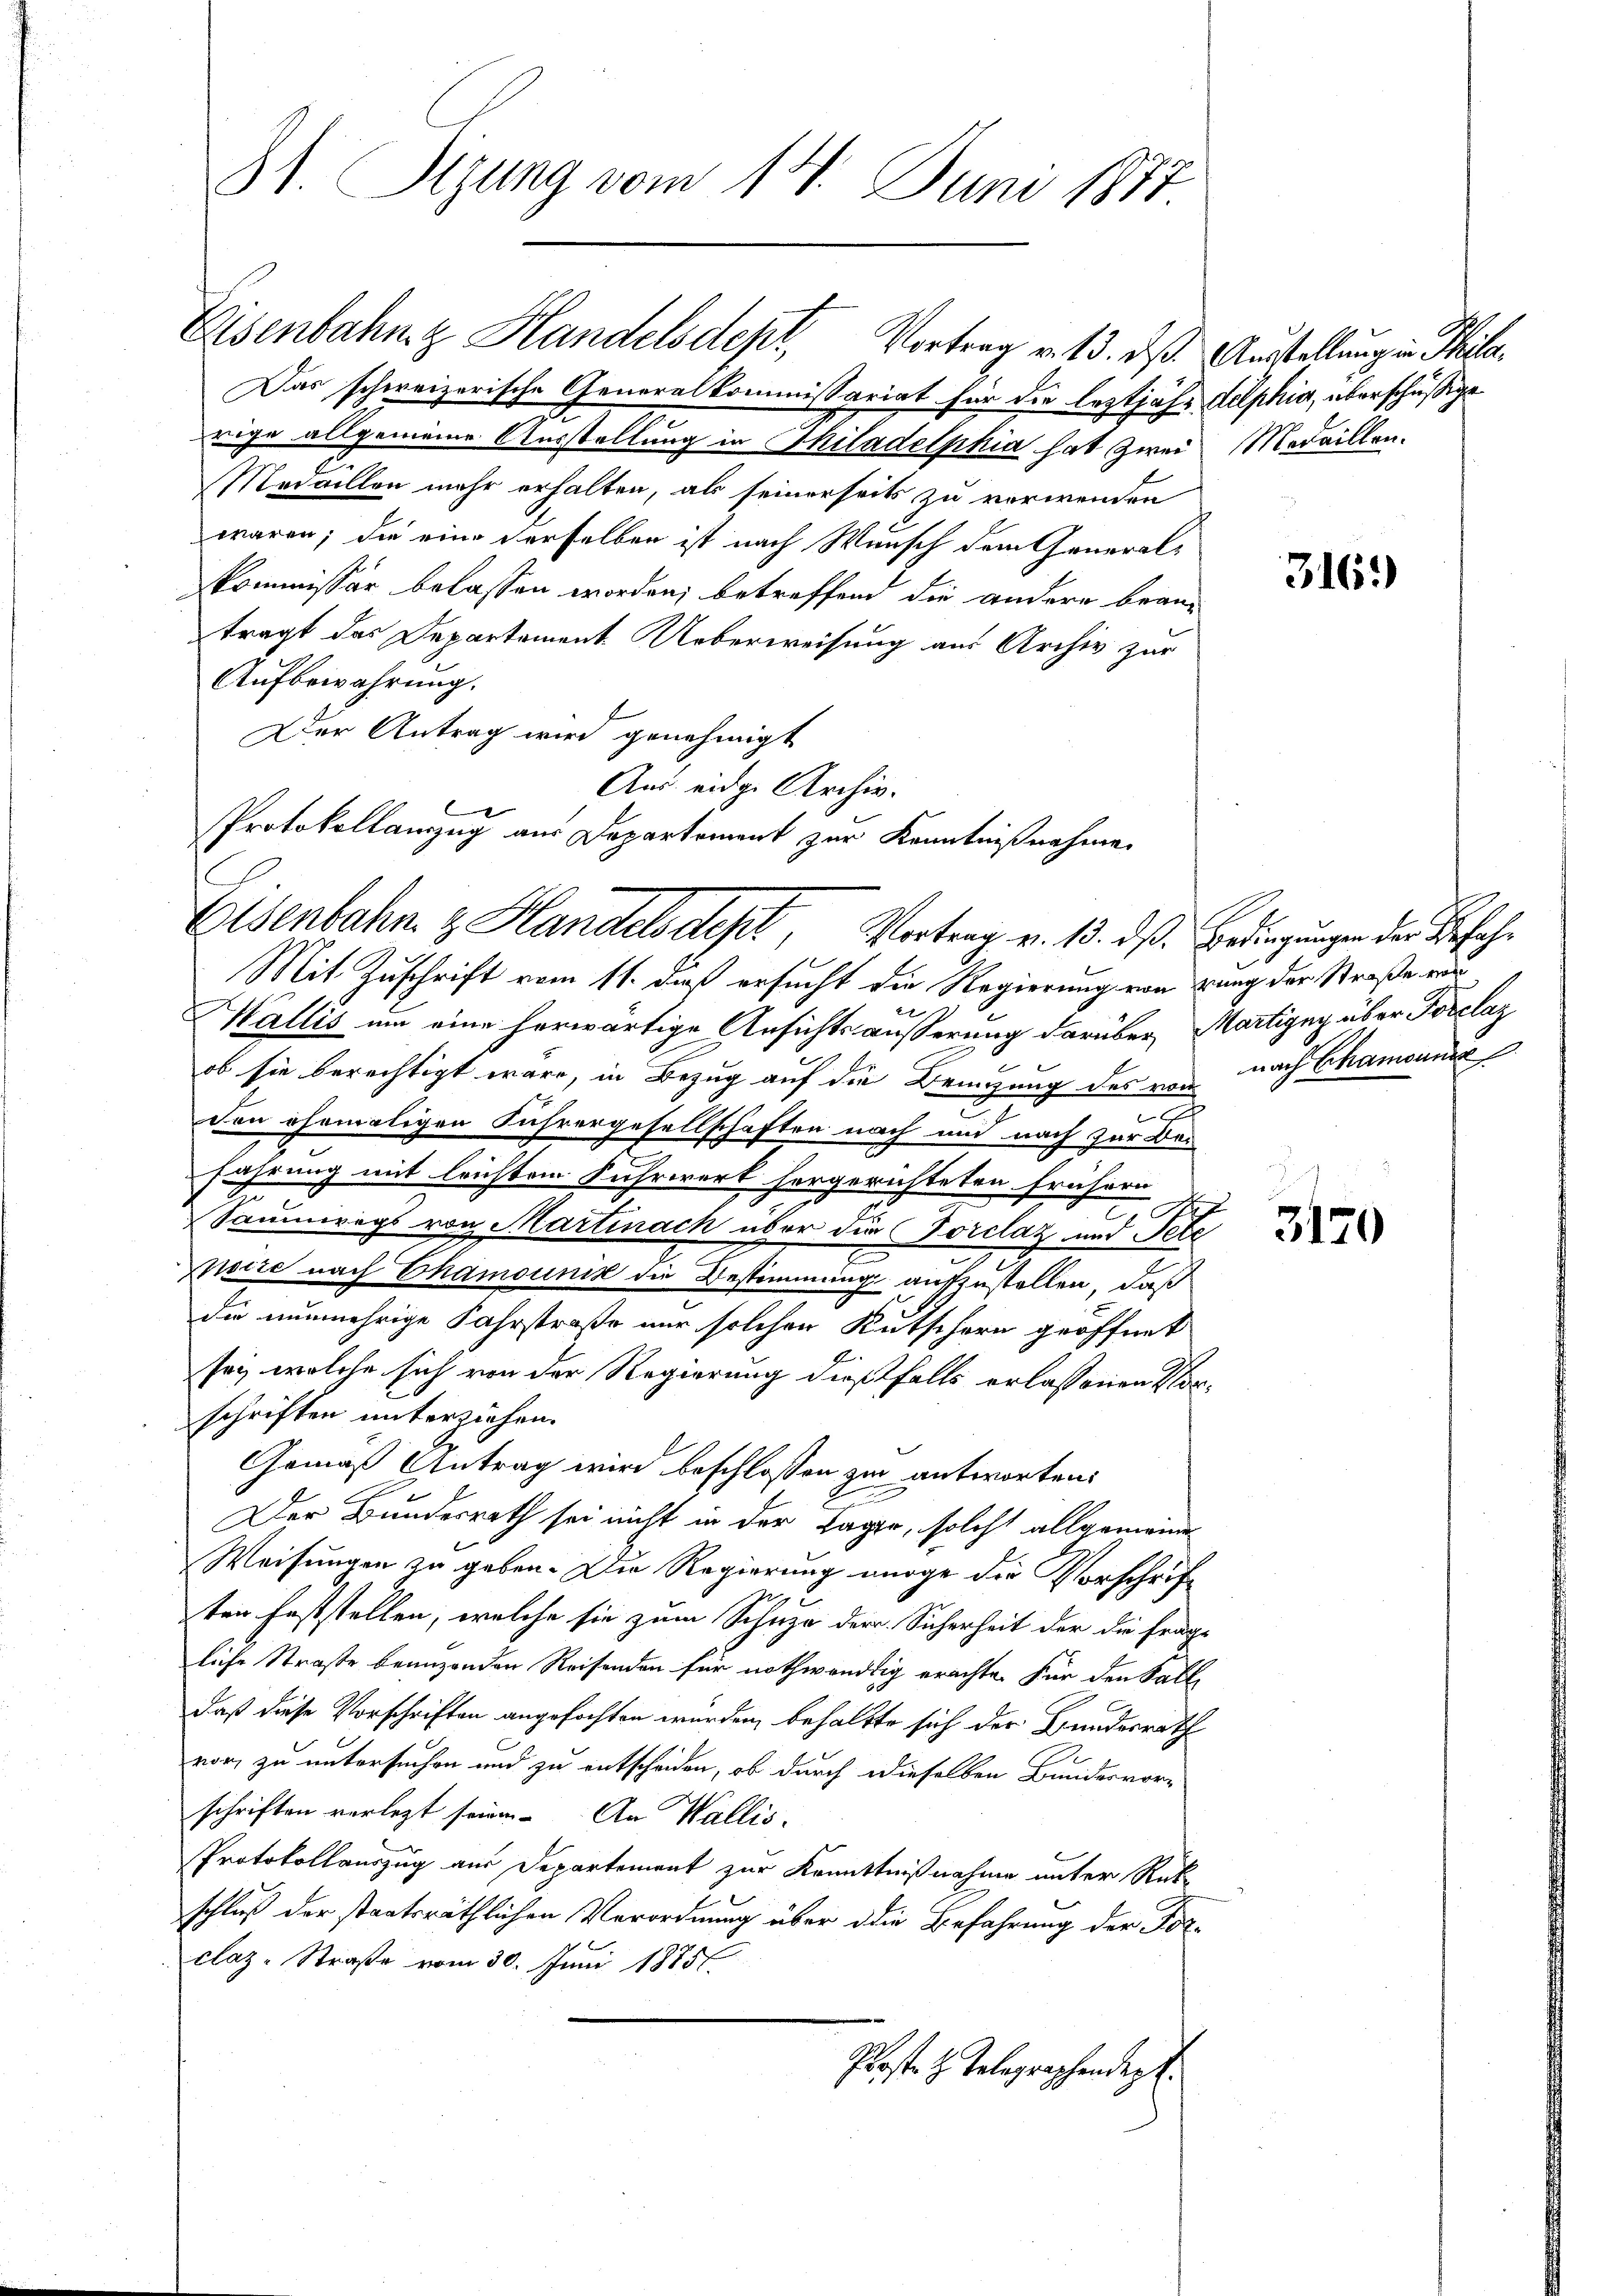
31. Stzung vom 14. Juni 1877

Das schweizerische Generalkommissariat für die leztjähr delphia, überschüßige
rige allgemeine Ausstellung in Thiladelphia hat zwei Medaillen¬
Medaillen mehr erhalten, als seinerseits zu verwenden
waren; die eine derselben ist nach Wunsch dem General¬
Commissär belassen worden; betreffend die andere brantragt das Departement. Ueberweisung aus Archiv zur
Aufbewahrung.
f
Der Antrag wird genehmigt
Mit Zuschrift vom 11. daß ersucht die Regierung von gang der Straße von
x
Wallis um eine herwärtige Ansichtsäusserung darüber, Martigny über Forclaz
ob sie berechtigt wäre, in Bezug auf die Bringung des von nach Chamound
c
t
cen ehemaligen Fuhrergesellschaften nach und nach zur Befahrung mit leichten Fuhrwert hergerichteten frühern
2
Saumwigs von Martinach über die Forclaz und Pete
x
usire nach Chamounis die Bestimmung aufzustellen, daß
Die nunmehrige Fahrstraße nur solchen Kutschern geöffnet
sey, welche sich von der Regierung dießfalls erlassenen Vorschriften unterziehen.
Gemäß Antrag wird beschlossen zu antworten:
Der Bundesrath sei nicht in der Tagen, solche allgemeine
Weisungen zu geben. Die Regierung möge die Vorschrif¬
2
ten feststellen, welche sie zum Schuze der Sicherheit der die fragliche Straße benuzenden Reisenden für nothwendig erachte. Für den Fälle
daß diese Vorschriften angefochten wurden, behaltte sich der Bundesrath
vor, zu untersuchen und zu entscheiden, ob durch dieselben Bundesvor-
schriften verlegt seinen. An Wallis.
Protokollauszug aus Departement zur Kenntnißnahme unter Rück-
schluß der staatsräthlichen Verordnung über die Befahrung der Forclaz-Straße vom 30. Juni 1885.
Prost. H. Telegraphendert.

Eisenbahng Handelsdept, Vortrag v. 13. ds Ausstellung in Phila

Aus eidge Archiv.
Protokollanzug aus Departement zur Kenntnißnahme
Eisenbahn z. Handelsdept, Vortrag v. 13. dß. Bedingungen der Befeh¬

316.

3170